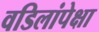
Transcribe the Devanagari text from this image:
वडिलांपेक्षा